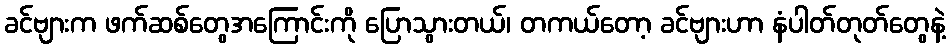
ခင်ဗျားက ဖက်ဆစ်တွေအကြောင်းကို ပြောသွားတယ်၊ တကယ်တော့ ခင်ဗျားဟာ နံပါတ်တုတ်တွေနဲ့